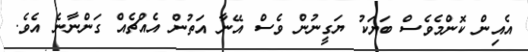
އެއިން ކޮންމެވެސް ބަޔަކު ޔަގީނުން ވެސް އޭނާ އަތުން އެއްޗެއް ގަންނާނެ އެވެ.